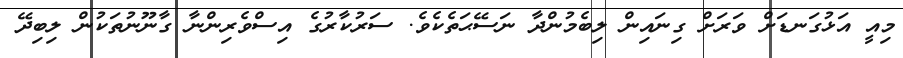
މިއީ އަޅުގަނޑަށް ވަރަށް ގިނައިން ލިބެމުންދާ ނަސޭޙަތެކެވެ. ސަރުކާރުގެ އިސްވެރިންނާ ގާނޫނުތަކުން ލިބިދޭ